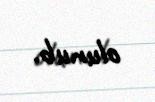
olunub.